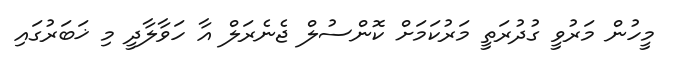
މީހުން މަރުވީ ގުދުރަތީ މަރުކަމަށް ކޮންސުލް ޖެނެރަލް އާ ހަވާލާދީ މި ޚަބަރުގައި